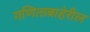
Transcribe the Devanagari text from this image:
गणिताबाहेरील